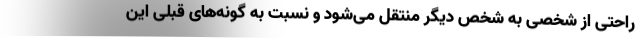
راحتی از شخصی به شخص دیگر منتقل می‌شود و نسبت به گونه‌های قبلی این